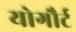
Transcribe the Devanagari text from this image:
योगौर्ट